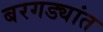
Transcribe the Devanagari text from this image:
बरगड्यांत